Indian Medical Review
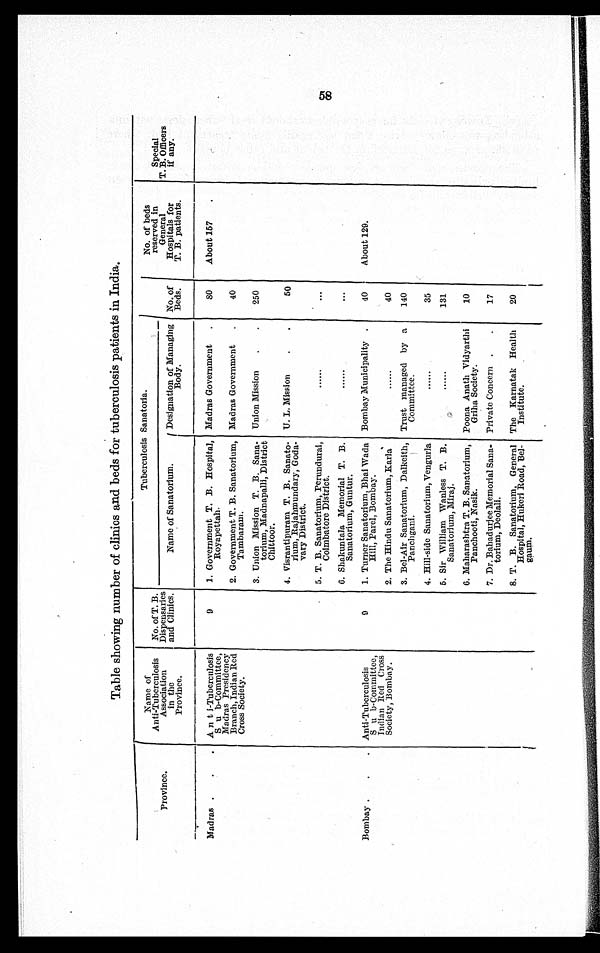
Table showing number of clinics and beds for tuberculosis patients in India.
Province.
Name of
Anti-Tuberculosis
Association
in the
Province.
No. of T. B.
Dispensaries
and Clinics.
Tuberculosis Sanatoria.
No. of
Beds.
No. of beds
reserved in
General
Hospitals for
T. B. patients.
Special
T. B. Officers
if any.
Name of Sanatorium.
Designation of Managing
Body.
Madras
Anti-Tuberculosis
Sub-Committee,
Madras Presidency
Branch, Indian Red
Cross Society.
9
1. Government T. B. Hospital,
Royapettah.
Madras Government
8 0
About 157
2. Government T. B. Sanatorium,
Tambaram.
Madras Government
40
3. Union Mission T. B. Sana-
torium, Madnapalli, District
Chittoor.
Union Mission
250
4. Visrantipuram T. B. Sanato-
rium, Rajahmundary, Goda-
vary District.
U. L. Mission
50
5. T. B. Sanatorium, Perundurai,
Coimbatore District.
6. Shakuntala Memorial T. B.
Sanatorium, Guntur.
Bombay
Anti-Tuberculosis
Sub-Committee,
Indian Red. Cross
Society, Bombay.
9
1. Turner Sanatorium, Bhai Wada
Hill, Parel, Bombay.
Bombay Municipality
40
About 129
2. The Hindu Sanatorium, Karla
40
3. Bel-Air Sanatorium, Dalkeith,
Panchgani.
Trust managed by a
Committee.
140
4. Hill-side Sanatorium, Vengurla
35
5. Sir William Wanless T. B.
Sanatorium, Miraj.
131
6. Maharashtra T. B. Sanatorium,
Panchooti, Nasik.
Poona Anath Vidyarthi
Griha Society.
10
7. Dr. Bahadurjee Memorial Sana-
torium, Deolali.
Private Concern
17
8
T. B. Sanatorium, General
Hospital, Hukeri Road, Bel-
gaum.
The Karnatak Health
Institute.
20